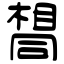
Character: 𫝛